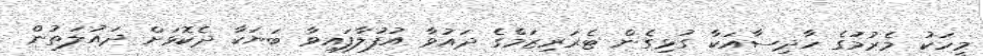
މީހަކު މެރުމުގެ ހާދިސާއަކާ ގުޅިގެން ޓެރަރިޒަމްގެ ދައުވާ އުފުލާފައިވާ ބަޔަކާ ދެކޮޅަށް ދައުލަތުން